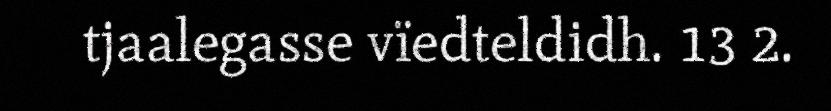
tjaalegasse vïedteldidh. 13 2.